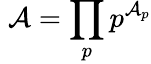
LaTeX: \; \mathcal{A}=\prod_{p}p^{\mathcal{A}_{p}}